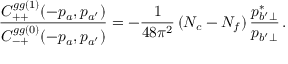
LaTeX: { \frac { C _ { + + } ^ { g g ( 1 ) } ( - p _ { a } , p _ { a ^ { \prime } } ) } { C _ { - + } ^ { g g ( 0 ) } ( - p _ { a } , p _ { a ^ { \prime } } ) } } = - { \frac { 1 } { 4 8 \pi ^ { 2 } } } \, ( N _ { c } - N _ { f } ) \, { \frac { p _ { b ^ { \prime } \perp } ^ { * } } { p _ { b ^ { \prime } \perp } } } \, .